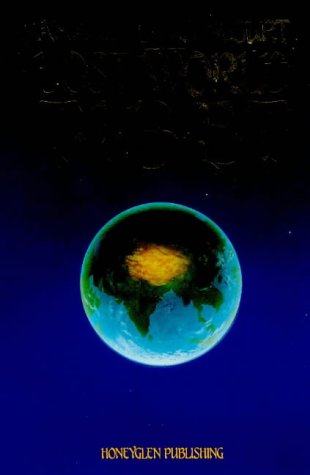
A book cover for Lost World: Tibet; Amaury de Riencourt; Travel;